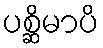
ပစ္ဆိမာပိ